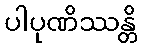
ပါပုဏိဿန္တိ